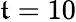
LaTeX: \mathfrak{t}=10